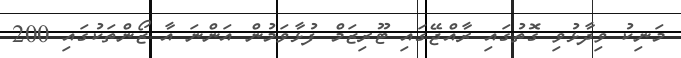
މަނިކު ވިދާޅުވި ގޮތުގައި ރާއްޖޭގައި ޓޫރިޒަމް ފުޅާވަމުން އަންނަ އާ ޒޯންތަކުގައި 200